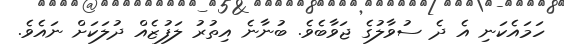
ހަމައެކަނި އެ ދެ ސުވާލުގެ ޖަވާބެވެ. ބުނާނެ އިތުރު ލަފުޒެއް ދުލަކަށް ނައެވެ.